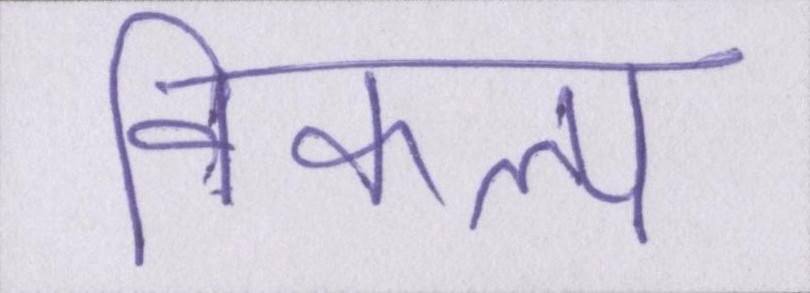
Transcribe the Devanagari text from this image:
विकल्प